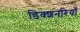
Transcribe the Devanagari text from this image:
डिक्शनरियाँ